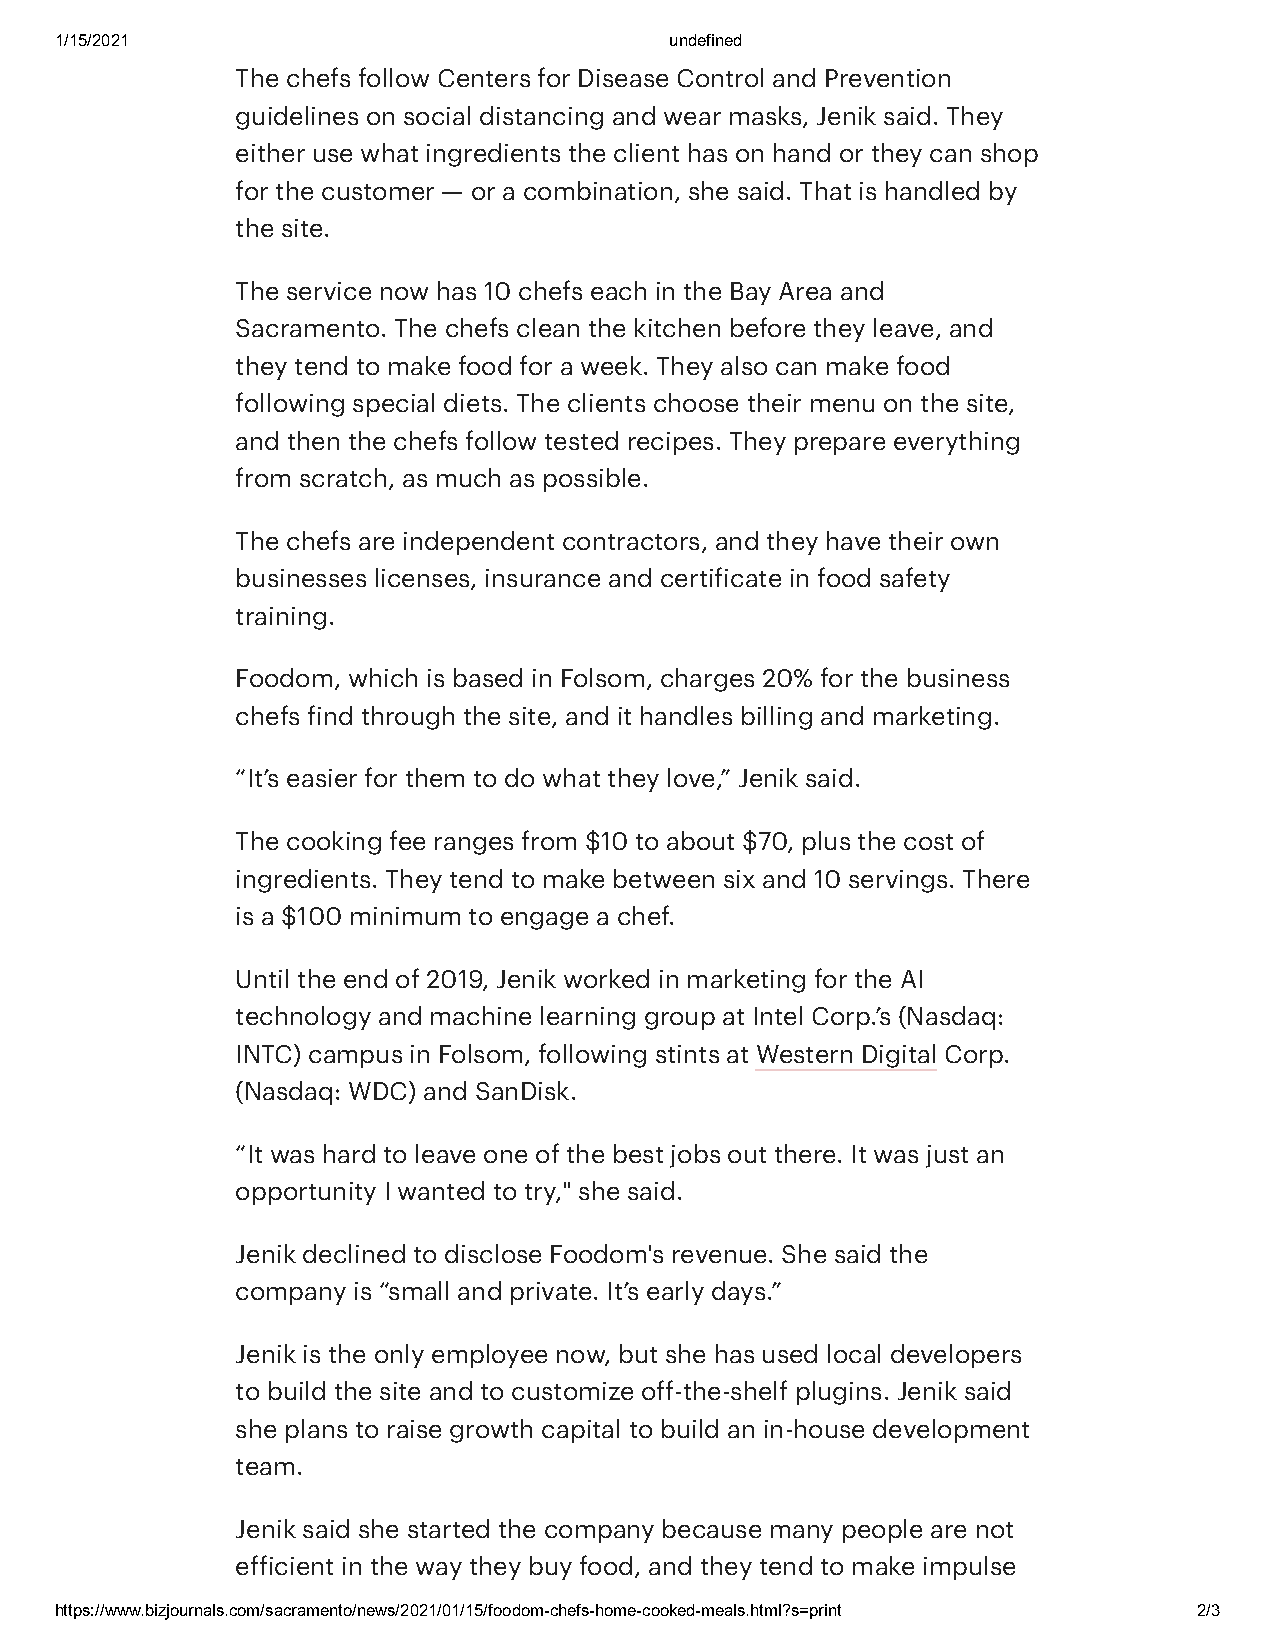
1/15/2021                               undefined
 The chefs follow Centers for Disease Control and Prevention
 guidelines on social distancing and wear masks, Jenik said. They
 either use what ingredients the client has on hand or they can shop
 for the customer — or a combination, she said. That is handled by
 the site.
 The service now has 10 chefs each in the Bay Area and
 Sacramento. The chefs clean the kitchen before they leave, and
 they tend to make food for a week. They also can make food
 following special diets. The clients choose their menu on the site,
 and then the chefs follow tested recipes. They prepare everything
 from scratch, as much as possible.
 The chefs are independent contractors, and they have their own
 businesses licenses, insurance and certificate in food safety
 training.
 Foodom, which is based in Folsom, charges 20% for the business
 chefs find through the site, and it handles billing and marketing.
 “It’s easier for them to do what they love,” Jenik said.
 The cooking fee ranges from $10 to about $70, plus the cost of
 ingredients. They tend to make between six and 10 servings. There
 is a $100 minimum to engage a chef.
 Until the end of 2019, Jenik worked in marketing for the AI
 technology and machine learning group at Intel Corp.’s (Nasdaq:
 INTC) campus in Folsom, following stints at Western Digital Corp.
 (Nasdaq: WDC) and SanDisk.
 “It was hard to leave one of the best jobs out there. It was just an
 opportunity I wanted to try," she said.
 Jenik declined to disclose Foodom's revenue. She said the
 company is “small and private. It’s early days.”
 Jenik is the only employee now, but she has used local developers
 to build the site and to customize off-the-shelf plugins. Jenik said
 she plans to raise growth capital to build an in-house development
 team.
 Jenik said she started the company because many people are not
 efficient in the way they buy food, and they tend to make impulse
 https://www.bizjournals.com/sacramento/news/2021/01/15/foodom-chefs-home-cooked-meals.html?s=print 2/3